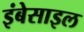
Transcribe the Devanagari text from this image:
इंबेसाइल